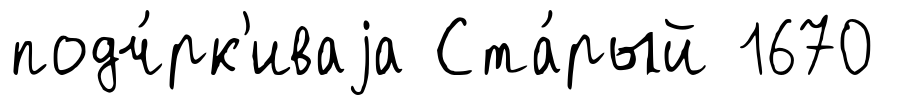
подч́рк'иваjа Ста́рый 1670